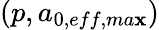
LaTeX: (p,a_{0,eff,ma\mathbf{x}})